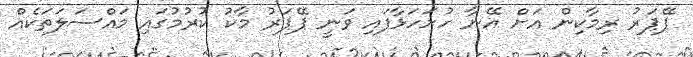
ޕޭޕަރު ރިމާކިން އަށް އޭނާ ހުށަހަޅާފައި ވަނީ ޕޭޕަރު މާކު ކުރުމުގައި މައްސަލަތަކެއް